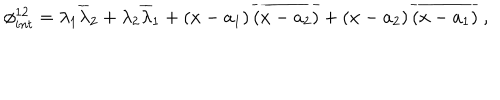
\phi _ { i n t } ^ { 1 2 } = \lambda _ { 1 } \overline { { { \lambda } } } _ { 2 } + \lambda _ { 2 } \overline { { { \lambda } } } _ { 1 } + \left( x - a _ { 1 } \right) \overline { { { \left( x - a _ { 2 } \right) } } } + \left( x - a _ { 2 } \right) \overline { { { \left( x - a _ { 1 } \right) } } } \ ,